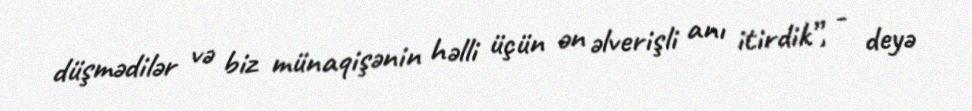
düşmədilər və biz münaqişənin həlli üçün ən əlverişli anı itirdik”, - deyə